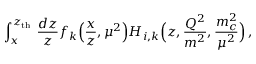
\int _ { x } ^ { z _ { \mathrm { t h } } } \, \frac { d z } { z } f _ { k } \Big ( \frac { x } { z } , \mu ^ { 2 } \Big ) H _ { i , k } \Big ( z , \frac { Q ^ { 2 } } { m ^ { 2 } } , \frac { m _ { c } ^ { 2 } } { \mu ^ { 2 } } \Big ) \, ,